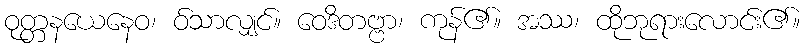
ဝုတ္တနယေနေဝ၊ ဝ်သာလျှင်။ ဝေဒိတဗ္ဗာ၊ ကုန်၏။ အဿ၊ ထိုဘုရားလောင်း၏။